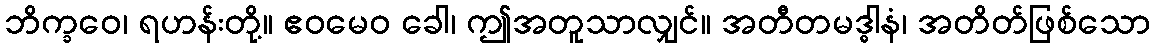
ဘိက္ခဝေ၊ ရဟန်းတို့။ ဧဝမေဝ ခေါ၊ ဤအတူသာလျှင်။ အတီတမဒ္ဓါနံ၊ အတိတ်ဖြစ်သော